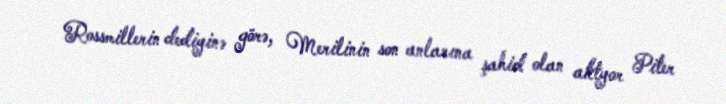
Rossmillerin dediyinə görə, Merilinin son anlarına şahid olan aktyor Piter